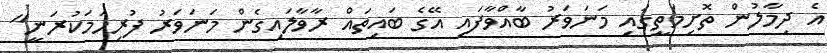
އެ ދިމާލުން ތޮށިމަތީގައި މަނަވަރު ބާއްވާފައި އޭގެ ބައިތައް ރާވާލައިގެން މަނަވަރު ފުރިހަމަކުރަނީ"